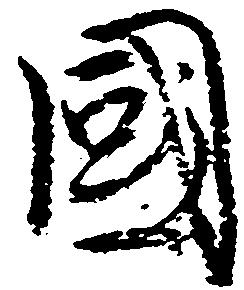
国